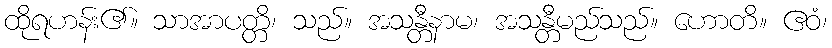
ထိုရဟန်း၏။ သာအာပတ္တိ၊ သည်။ အသန္တီနာမ၊ အသန္တီမည်သည်။ ဟောတိ။ ဧဝံ၊